Trukikaitis_Postimees, lk 35
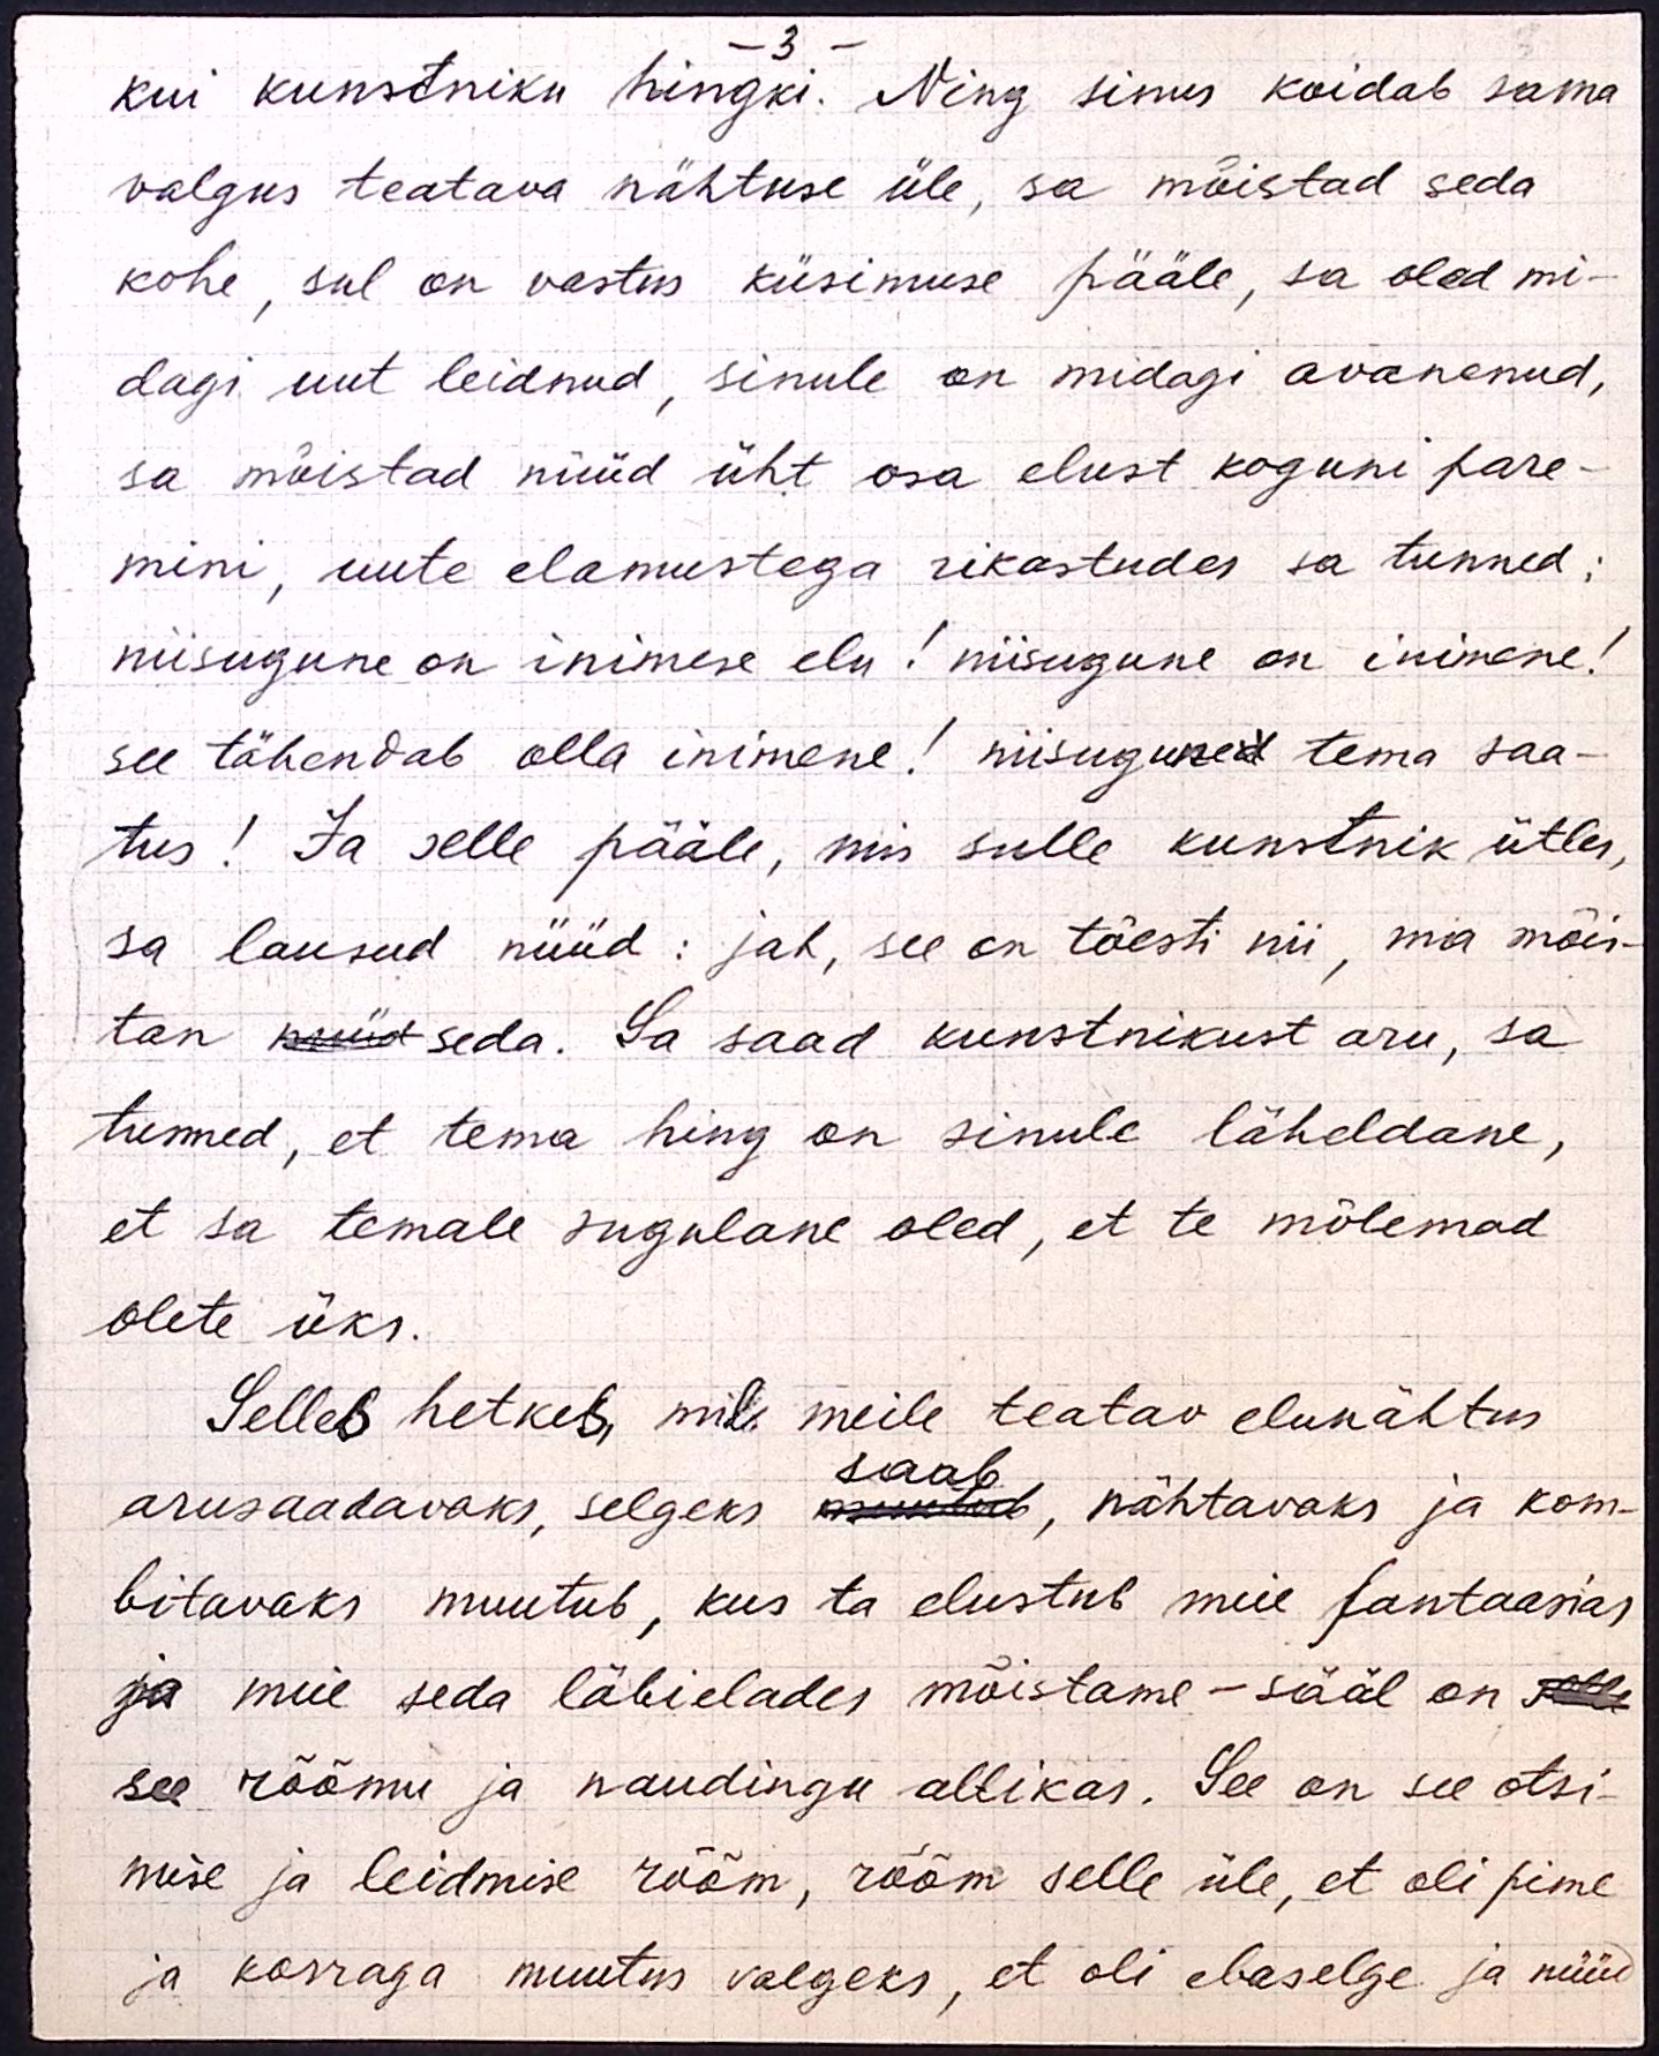
- 3 -
kui kunstniku hingki. Ning sinus koidab sama
valgus teatava nähtuse üle, sa mõistad seda
kohe, sul on vastus küsimuse pääle, sa oled mi-
dagi uut leidnud, sinule on midagi avanenud,
sa mõistad nüüd üht osa elust koguni pare-
mini, uute elamustega rikastudes sa tunned:
niisugune on inimese elu! niisugune on inimene!
see tähendab olla inimene! niisuguned tema saa-
tus! Ja selle pääle, mis sulle kunstnik ütles,
sa lausud nüüd: jah, see on tõesti nii, ma mõis-
tan nüüd seda. Sa saad kunstnikust aru, sa
tunned, et tema hing on sinule läheldane,
et sa temale sugulane oled, et te mõlemad
olete üks.
Selles hetkes, mil meile teatav elunähtus
saab
arusaadavaks, selgeks muutub, nähtavaks ja kom-
bitavaks muutub, kus ta elustub meie fantaasias
ja meie seda läbielades mõistame - sääl on selle
see rõõmu ja naudingu allikas. See on see otsi-
mise ja leidmise rõõm, rõõm selle üle, et oli pime
ja korraga muutus valgeks, et oli ebaselge ja nüüd